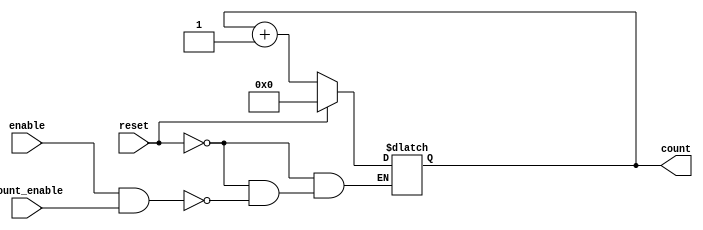
module dynamic_asynchronous_counter (
    input wire enable,        // Enable signal
    input wire reset,         // Asynchronous reset signal
    input wire count_enable,  // Count enable signal
    output reg [3:0] count    // 4-bit counter output
);

    // Asynchronous reset and counting logic
    always @(*) begin
        if (reset) begin
            count = 4'b0000; // Reset the counter to 0
        end else if (enable && count_enable) begin
            // Count up logic
            count = count + 1; // Increment the counter
        end
    end

endmodule